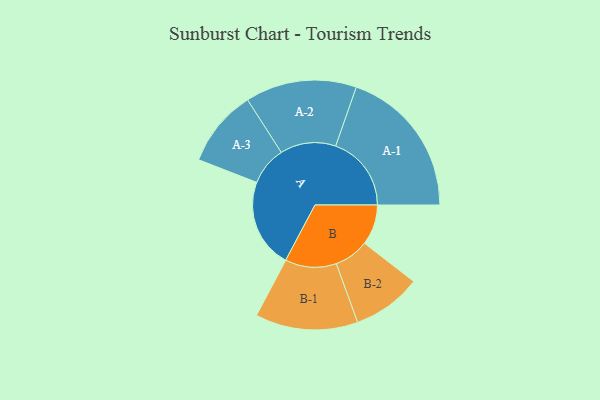
{"axis": {"x": "Segment", "y": "Value"}, "legend": ["", "A", "B"], "data": [{"x": "A", "y": 351, "type": ""}, {"x": "B", "y": 159, "type": ""}, {"x": "A-1", "y": 298, "type": "A"}, {"x": "A-2", "y": 219, "type": "A"}, {"x": "A-3", "y": 152, "type": "A"}, {"x": "B-1", "y": 202, "type": "B"}, {"x": "B-2", "y": 136, "type": "B"}]}